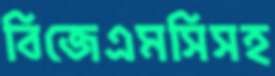
বিজেএমসিসহ